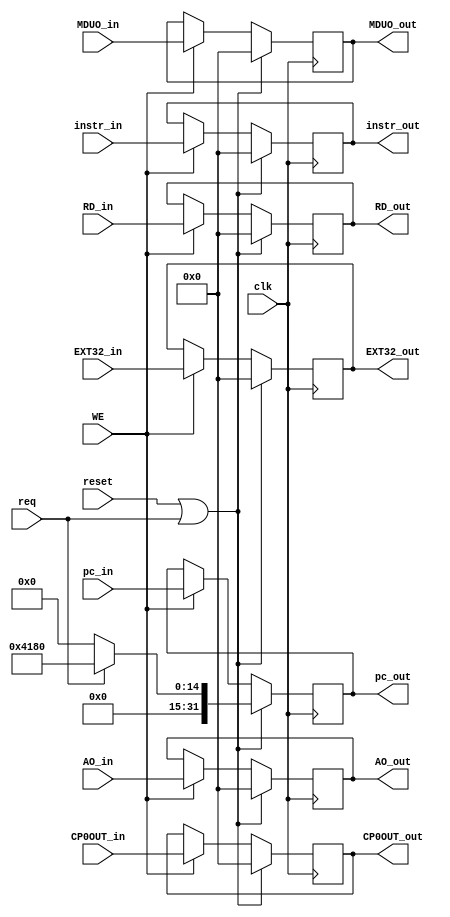
`timescale 1ns / 1ps

module W_REG(
    input clk,
    input reset,
    input WE,
    input [31:0] instr_in,
    input [31:0] pc_in,
    input [31:0] EXT32_in,
    input [31:0] AO_in,
    input [31:0] MDUO_in,
    input [31:0] RD_in,
    input req,
    input [31:0] CP0OUT_in,
    output [31:0] instr_out,
    output [31:0] pc_out,
    output [31:0] EXT32_out,
    output [31:0] AO_out,
    output [31:0] MDUO_out,
    output [31:0] RD_out,
    output [31:0] CP0OUT_out
    );
    
    reg [31:0] instr;
    reg [31:0] pc;
    reg [31:0] EXT32;
    reg [31:0] AO;
    reg [31:0] RD;
    reg [31:0] MDUO;
    reg [31:0] CP0OUT;
    
    assign instr_out = instr;
    assign pc_out = pc;
    assign EXT32_out = EXT32;
    assign AO_out = AO;
    assign MDUO_out = MDUO;
    assign RD_out = RD;
    assign CP0OUT_out = CP0OUT;

    always @(posedge clk) begin
        if(reset|req) begin
            instr <= 0;
            pc <= req? 32'h0000_4180: 0;
            EXT32 <= 0;
            MDUO <= 0;
            AO <= 0;
            RD <= 0;
            CP0OUT <= 0;
        end
        else if(WE) begin
            instr <= instr_in;
            pc <= pc_in;
            EXT32 <= EXT32_in;
            MDUO <= MDUO_in;
            AO <= AO_in;
            RD <= RD_in;
            CP0OUT <= CP0OUT_in;
        end
    end


endmodule